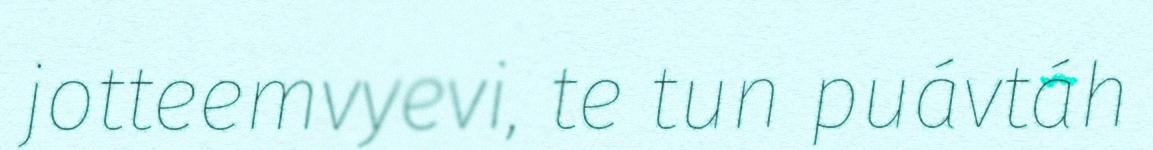
jotteemvyevi, te tun puávtáh